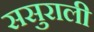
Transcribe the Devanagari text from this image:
ससुराली